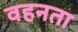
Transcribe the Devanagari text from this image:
वहनता